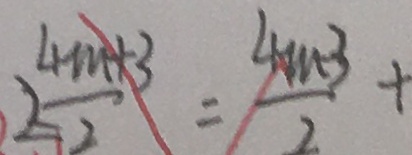
\frac { 4 m + 3 } { 2 } = \frac { 4 n + 3 } { 2 } +